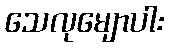
သေလုမျောပါး